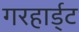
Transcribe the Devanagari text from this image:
गरहार्ड्‌ट